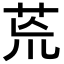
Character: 𮎰